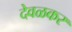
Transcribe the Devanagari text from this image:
देवळकर